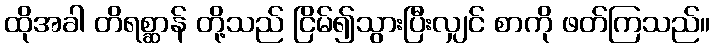
ထိုအခါ တိရစ္ဆာန် တို့သည် ငြိမ်၍သွားပြီးလျှင် စာကို ဖတ်ကြသည်။